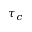
\tau _ { c }